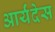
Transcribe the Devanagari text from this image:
आर्यंदेस